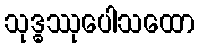
သုဒ္ဓဿုပေါသထော